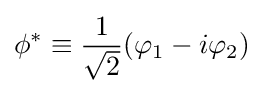
\phi ^{*}\equiv {\frac {1}{\sqrt {2}}}(\varphi _{1}-i\varphi _{2})